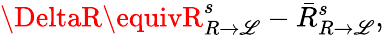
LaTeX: \DeltaR\equivR_{R\rightarrow\mathscr{L}}^{s}-{\bar{{R}}}_{R\rightarrow\mathscr{L}}^{s},